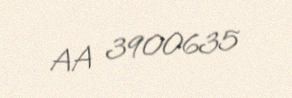
AA 3900635